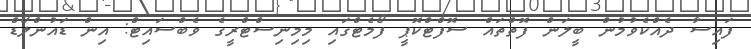
ފައިސާ ދެއްކެވުމުން ބީލަން ފޮތްތައް ސޮފްޓްކޮޕީ ފޯމެޓްގައި މިމިނިސްޓްރީގެ ވެބްސައިޓް: އިން ޑައުންލޯޑް